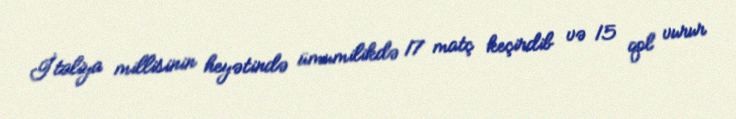
İtaliya millisinin heyətində ümumilikdə 17 matç keçirdib və 15 qol vurur